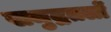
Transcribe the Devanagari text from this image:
समुद्रतलों